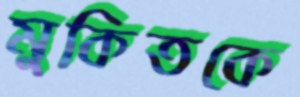
মুকিতকে